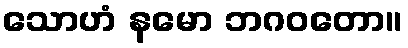
သောဟံ နမော ဘဂဝတော။